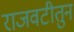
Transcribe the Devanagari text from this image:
राजवटीतुन